Leaving Certificate Examination, 1925
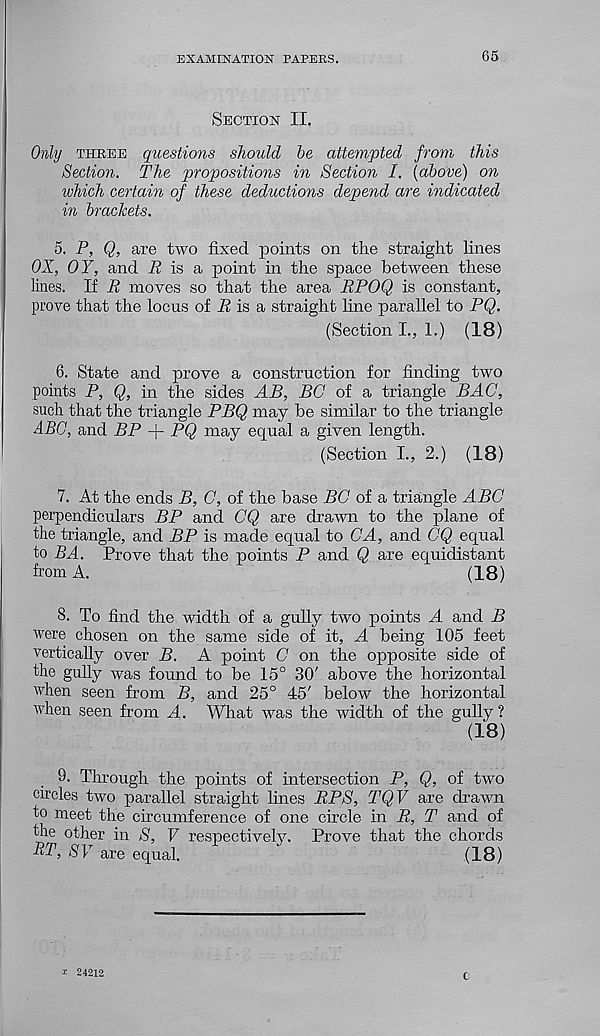
EXAMINATION PAPERS.
65
Section II.
Only three questions should be attempted from this
Section. The propositions in Section I. {above) on
which certain of these deductions depend are indicated
in brackets.
5. P, Q, are two fixed points on the straight lines
OX, OY, and 12 is a point in the space between these
lines. If B moves so that the area BPOQ is constant,
prove that the locus of R is a straight line parallel to PQ.
(Section L, 1.) (18)
6. State and prove a construction for finding two
points P, Q, in the sides AB, BO of a triangle BAG,
such that the triangle PBQ may be similar to the triangle
ABC, and BP + PQ may equal a given length.
(Section I., 2.) (18)
7. At the ends B, C, of the base BC of a triangle ABC
perpendiculars BP and GQ are drawn to the plane of
the triangle, and BP is made equal to GA, and GQ equal
to BA. Prove that the points P and Q are equidistant
from A.
(18)
8. To find the width of a gully two points A and B
were chosen on the same side of it, A being 105 feet
vertically over B. A point G on the opposite side of
the gully was found to be 15° 30' above the horizontal
when seen from B, and 25° 45' below the horizontal
when seen from A. What was the width of the gully?
(18)
9. Through the points of intersection P, Q, of two
circles two parallel straight lines BPS, TQV are drawn
to meet the circumference of one circle in B, T and of
the other in S, V respectively. Prove that the chords
RT, S V are equal.
(18)
^ 24212
c